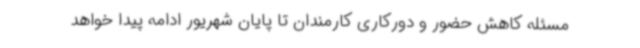
مسئله کاهش حضور و دورکاری کارمندان تا پایان شهریور ادامه پیدا خواهد